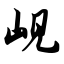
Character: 岘